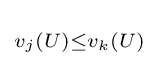
\scriptstyle v_{j}(U)\leq v_{k}(U)\!